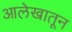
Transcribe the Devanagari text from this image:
आलेखातून